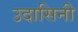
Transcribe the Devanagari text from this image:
उदासिनी